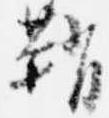
鞘